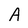
Character: A